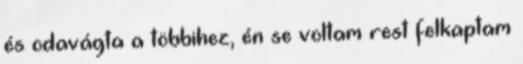
és odavágta a többihez, én se voltam rest felkaptam